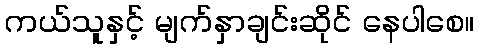
ကယ်သူနှင့် မျက်နှာချင်းဆိုင် နေပါစေ။